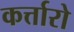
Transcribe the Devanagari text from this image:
कर्त्तारो